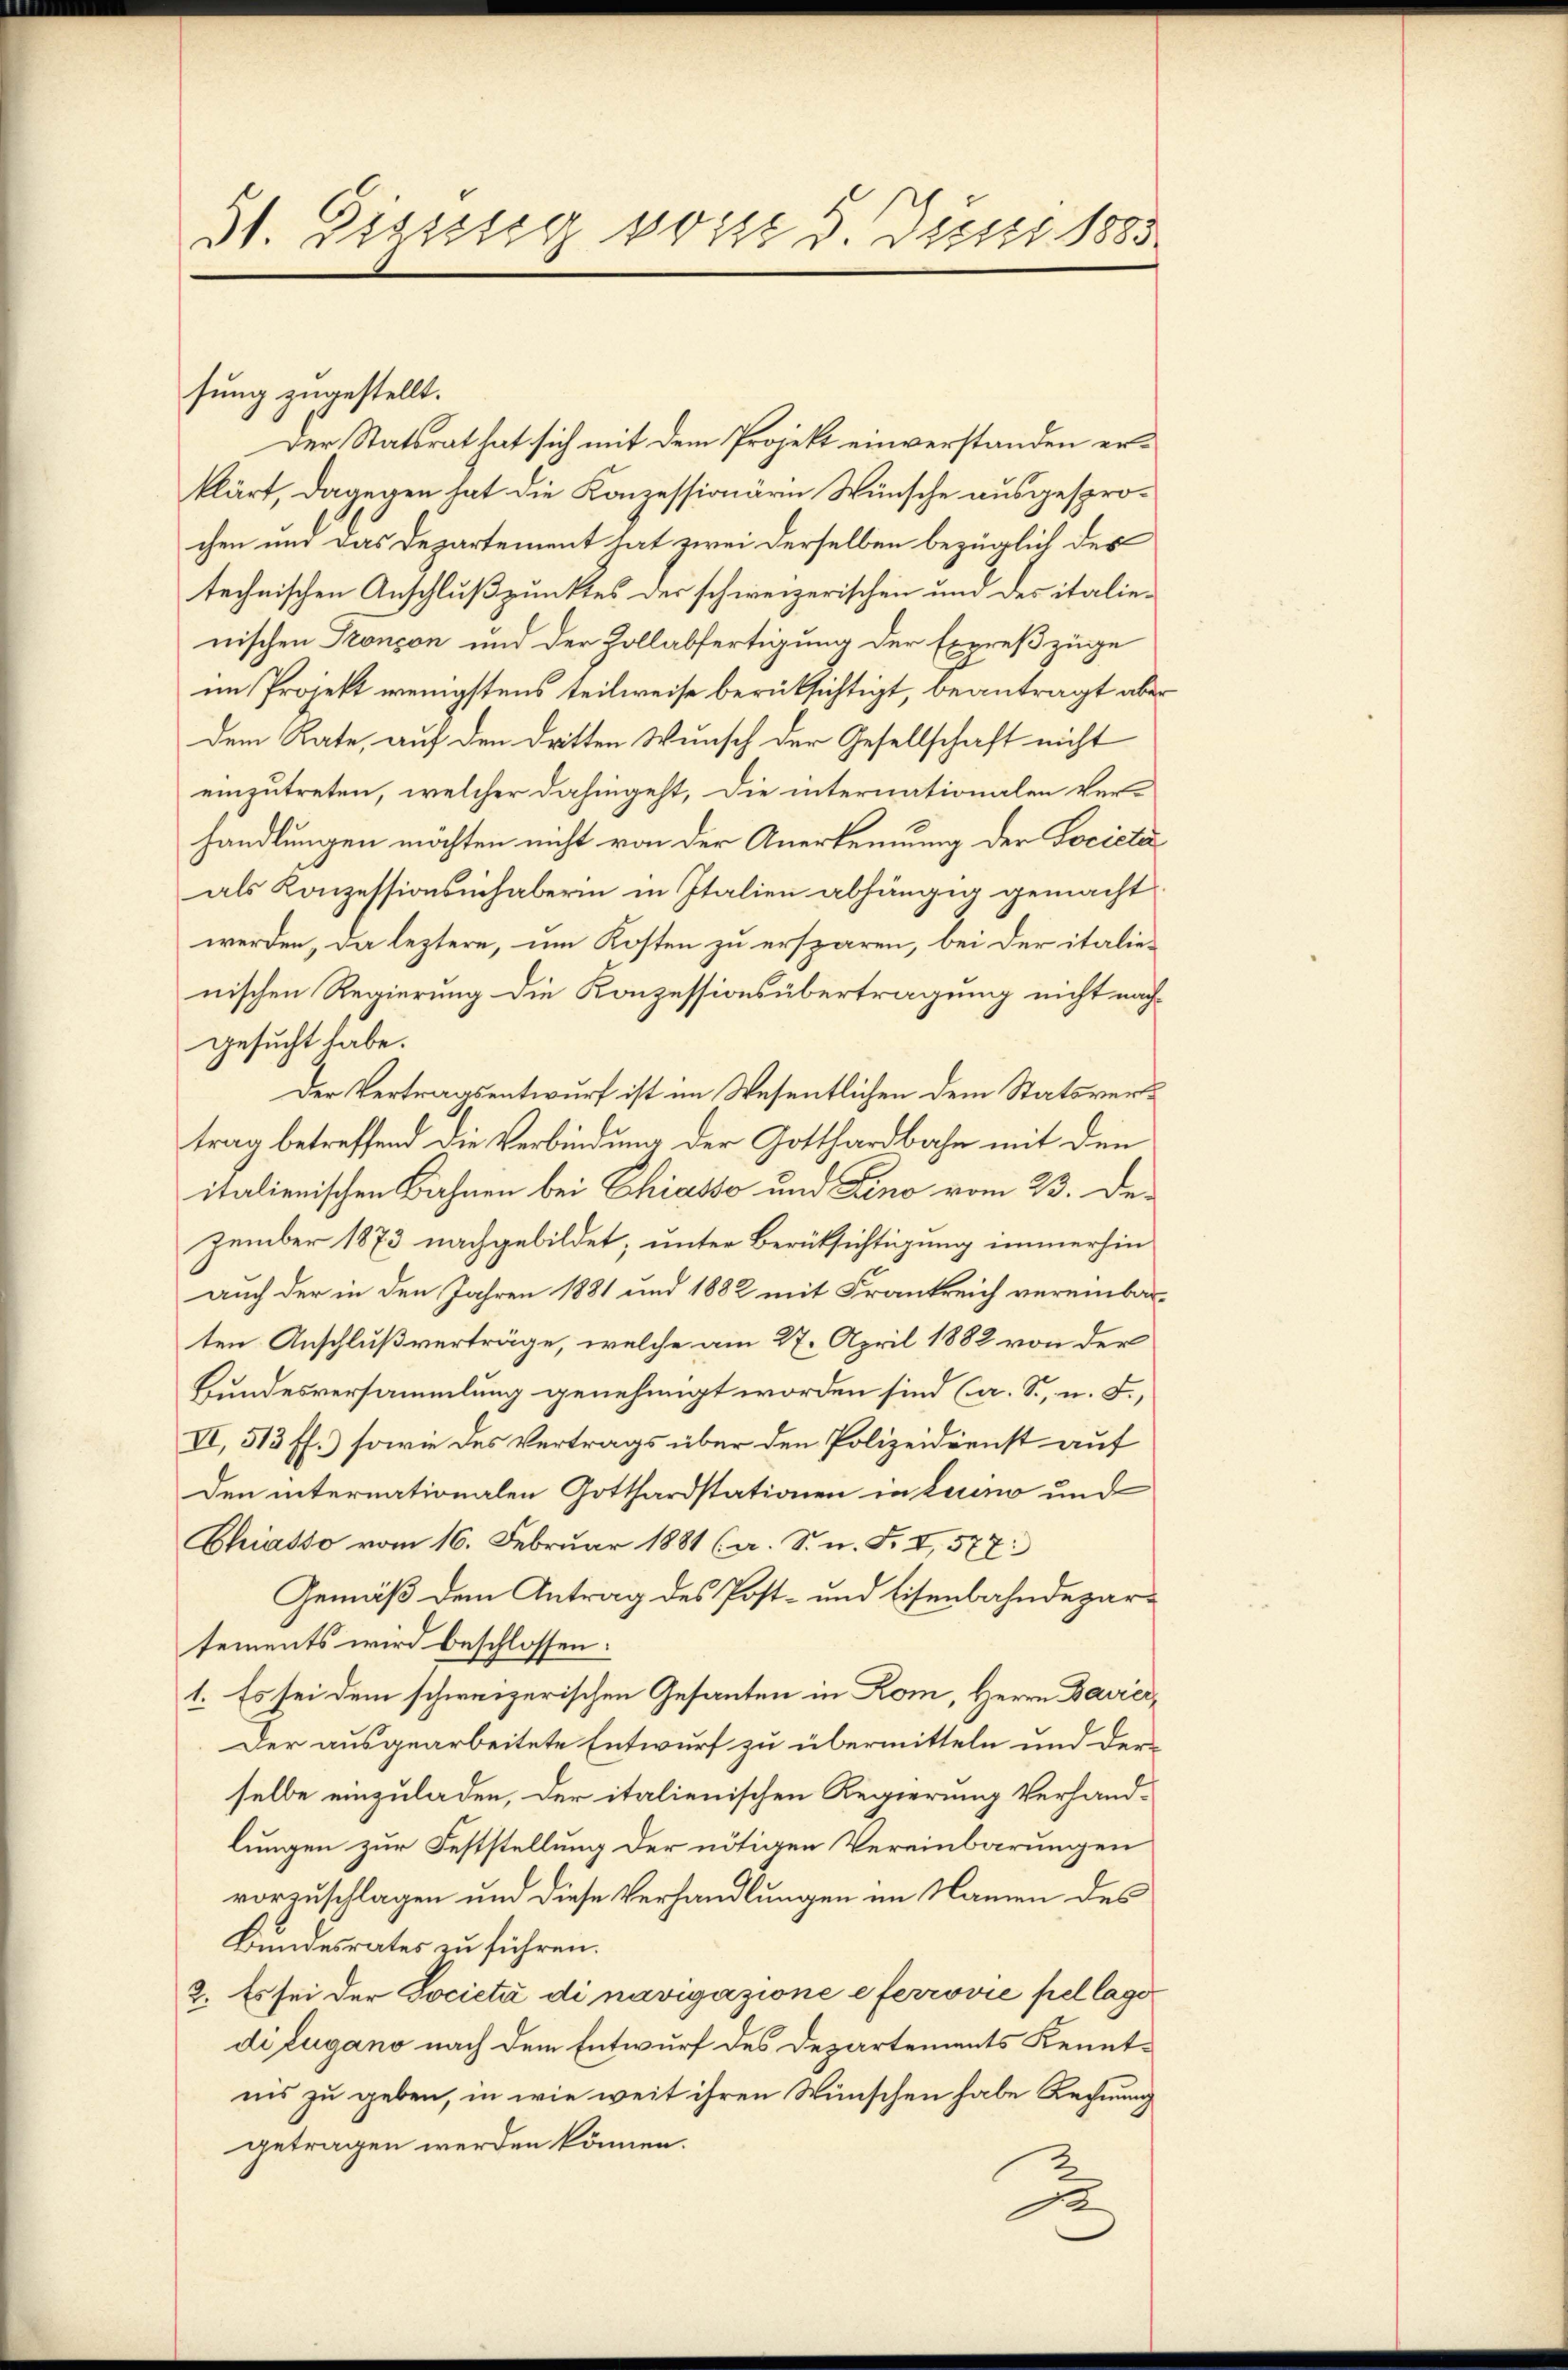
31. Diesssig vom 5. Juni 1883.

sung zugestellt.
Der Statsrat hat sich mit dem Projekt einverstanden erklärt, dagegen hat die Konzessionäre Wünsche ausgesprochen und das Departement hat zwei derselben bezüglich des
technischen Anschlußpunktes der schweizerischen und des italienischen Troncon und der Zollabfertigung der Expreßzüge
im Projekt wenigstens teilweise berücksichtigt, beantragt aber
dem Rate, auf den dritten Wunsch der Gesellschaft nicht
einzutreten, welcher dahingeht, die internationalen Ver-
handlungen möchten nicht von der Anerkennung der Societa
als Konzessionsinhaberin in Italien abhängig gemacht
werden, da leztere, um Kosten zu ersparen, bei der italienischen Regierung die Konzessionsübertragung nicht nachgesucht habe.
der Vertragsentwurf ist im Wesentlichen dem Statsvertrag betreffend die Verbindung der Gotthardbahn mit den
italienischen Bahnen bei Chiasso und Fino vom 23. Dezember 1873 nachgebildet; unter Berüksichtigung immerhin
auch der in den Jahren 1881 und 1882 mit Frankreich vereinbarten Anschluß verträge, welche am 27. April 1882 von der
Bundesversammlung genehmigt worden sind (a. S., u. F.,
VI, 513 ff.) sowie des Vertrags über den Polizeidienst auf
den internationalen Gotthardstationen in Leuno und
Chiasso vom 16. Februar 1881 (a. S. n. F. I, 577:
Gemäß dem Antrag des Post- und Eisenbahndepartements wird beschlossen:
1. Es sei dem schweizerischen Gesanten in Kom, Herrn Baurer,
Der ausgearbeitete Entwurf zu übermitteln und der
selbe einzuladen, der italienischen Regierung Verhandlungen zur Feststellung der nötigen Vereinbarungen
vorzuschlagen und diese Verhandlungen im Namen des
Bundesrates zu führen.
2. Es sei der Società di navigazione e ferrović pel lage
di Lugano nach dem Entwurf des Departements Kenntnis zu geben, in wie weit ihren Wünschen habe Rechnung
getragen werden können.
2